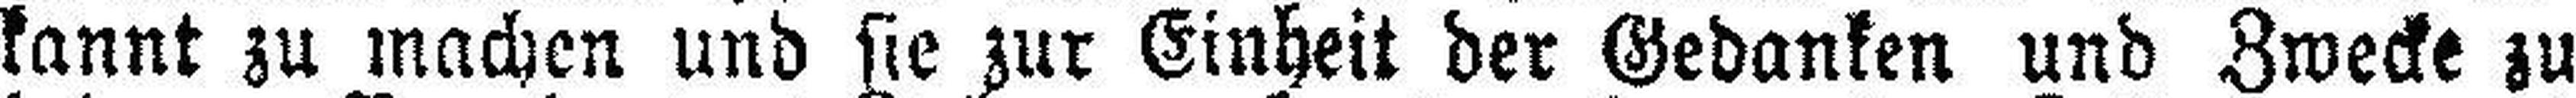
kannt zu machen und sie zur Einheit der Gedanken und Zwecke zu